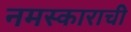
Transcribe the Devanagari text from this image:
नमस्काराची